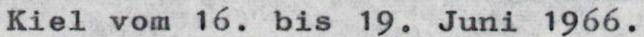
Kiel vom 16. bis 19. Juni 1966.